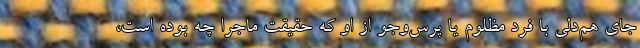
جاي هم‌دلی با فرد مظلوم يا پرس‌وجو از او كه حقيقت ماجرا چه بوده است،